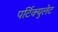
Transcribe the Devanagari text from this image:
पर्टिक्युलेट